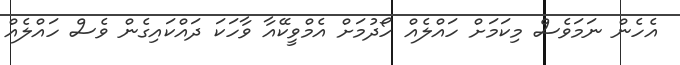
އެހެން ނަމަވެސް މިކަމަށް ހައްލެއް ހޯދުމަށް އެމްވީކޭއާ ވާހަކަ ދައްކައިގެން ވެސް ހައްލެއް